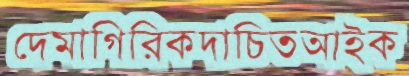
দেমাগিরিকদাচিতআইক